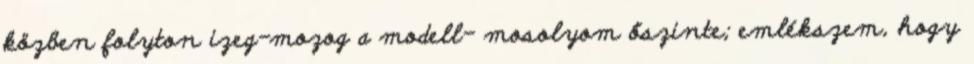
közben folyton izeg-mozog a modell- mosolyom őszinte; emlékszem, hogy